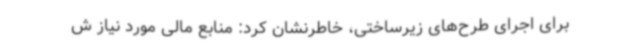
برای اجرای طرح‌های زیرساختی، خاطرنشان کرد: منابع مالی مورد نیاز ش